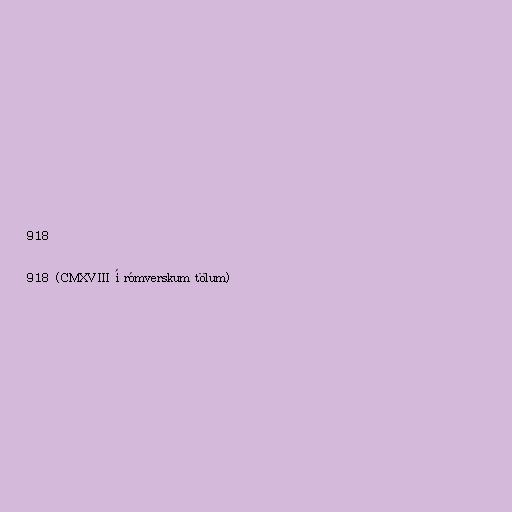
918

918 (CMXVIII í rómverskum tölum)